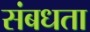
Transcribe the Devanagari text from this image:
संबधता